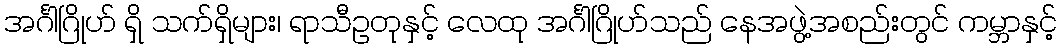
အင်္ဂါဂြိုဟ် ရှိ သက်ရှိများ၊ ရာသီဥတုနှင့် လေထု အင်္ဂါဂြိုဟ်သည် နေအဖွဲ့အစည်းတွင် ကမ္ဘာနှင့်